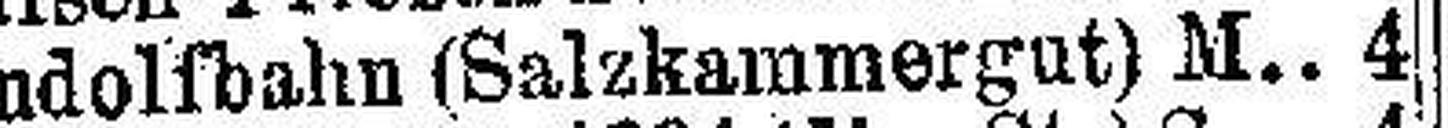
Rudolfbahn (Salzkammergut) M. 4